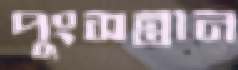
পুংসন্তান